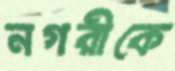
নগরীকে